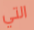
التي